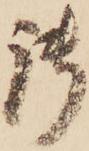
御